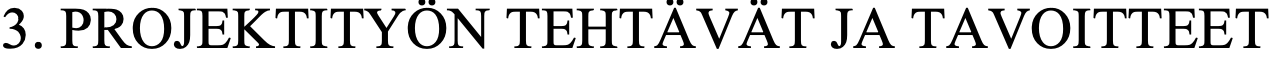
3. PROJEKTITYÖN TEHTÄVÄT   JA TAVOITTEET